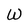
Character: W